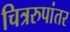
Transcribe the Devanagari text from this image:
चित्ररुपांतर